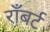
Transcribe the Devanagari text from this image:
राँबर्ट